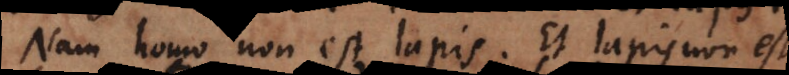
Nam homo non est lapis. Et lapis non est